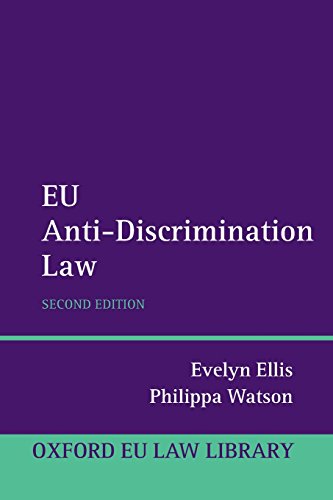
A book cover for EU Anti-Discrimination Law (Oxford European Union Law Library); Evelyn Ellis; Law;